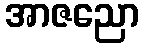
အာဇညော